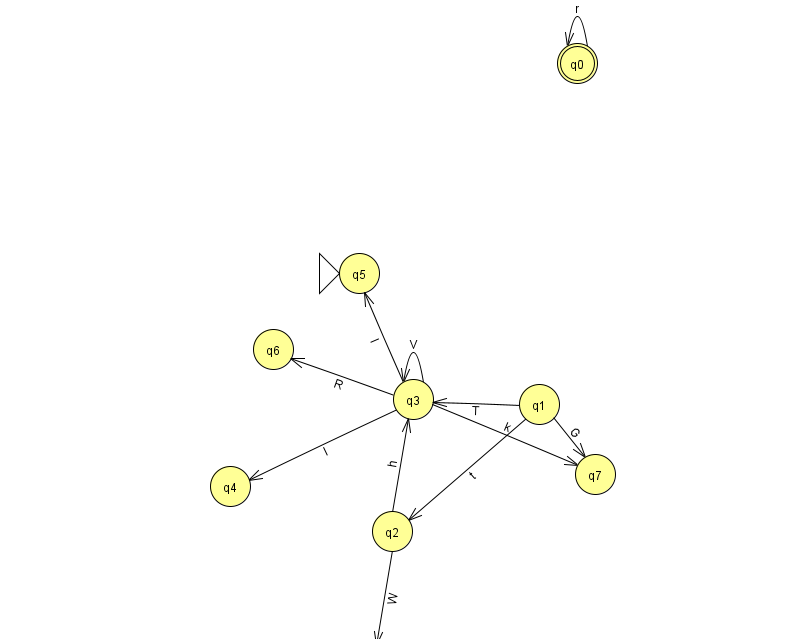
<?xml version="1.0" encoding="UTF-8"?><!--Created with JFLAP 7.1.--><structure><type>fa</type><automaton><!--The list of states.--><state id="0" name="q0"><x>577.0</x><y>50.0</y><final/></state><state id="1" name="q1"><x>539.0</x><y>391.0</y></state><state id="2" name="q2"><x>392.0</x><y>518.0</y></state><state id="3" name="q3"><x>413.0</x><y>386.0</y></state><state id="4" name="q4"><x>230.0</x><y>473.0</y></state><state id="5" name="q5"><x>359.0</x><y>260.0</y><initial/></state><state id="6" name="q6"><x>273.0</x><y>336.0</y></state><state id="7" name="q7"><x>595.0</x><y>461.0</y></state><state id="8" name="q8"><x>371.0</x><y>651.0</y></state><!--The list of transitions.--><transition><from>2</from><to>3</to><read>h</read></transition><transition><from>0</from><to>0</to><read>r</read></transition><transition><from>3</from><to>5</to><read>I</read></transition><transition><from>3</from><to>6</to><read>R</read></transition><transition><from>2</from><to>8</to><read>W</read></transition><transition><from>3</from><to>4</to><read>I</read></transition><transition><from>3</from><to>7</to><read>k</read></transition><transition><from>3</from><to>3</to><read>V</read></transition><transition><from>1</from><to>3</to><read>T</read></transition><transition><from>1</from><to>7</to><read>G</read></transition><transition><from>1</from><to>2</to><read>t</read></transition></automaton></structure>